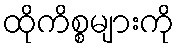
ထိုကိစ္စများကို